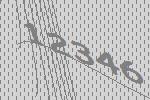
12346